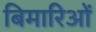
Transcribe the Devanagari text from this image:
बिमारिओं